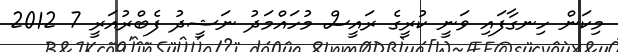
މިކަން ހިނގާފައި ވަނީ ކުރީގެ ރައީސް މުހައްމަދު ނަޝީދު ފެބްރުއަރީ 7 2012